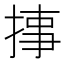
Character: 𱠉